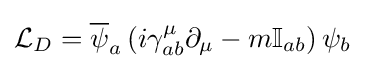
{\mathcal {L}}_{D}={\overline {\psi }}_{a}\left(i\gamma _{ab}^{\mu }\partial _{\mu }-m\mathbb {I} _{ab}\right)\psi _{b}